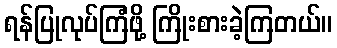
ရန်ပြုလုပ်ကြံဖို့ ကြိုးစားခဲ့ကြတယ်။